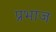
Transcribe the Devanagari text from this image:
प्रभाज